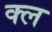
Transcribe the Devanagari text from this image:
क्ल